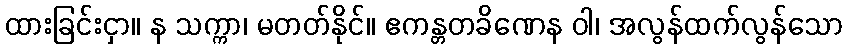
ထားခြင်းငှာ။ န သက္ကာ၊ မတတ်နိုင်။ ဧကန္တတခိဏေန ဝါ၊ အလွန်ထက်လွန်သော